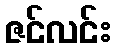
ဇင်လင်း